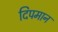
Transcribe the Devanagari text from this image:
दिपमान